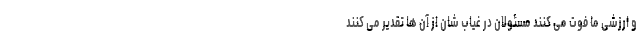
و ارزشی ما فوت می کنند مسئولان در غیاب شان از آن ها تقدیر می کنند